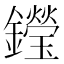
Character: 𨯗